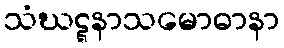
သံဃဋ္ဋနာသမောဓာနာ